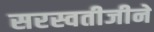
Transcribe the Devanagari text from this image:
सरस्वतीजीने